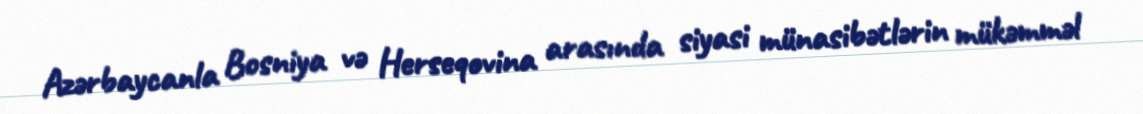
Azərbaycanla Bosniya və Herseqovina arasında siyasi münasibətlərin mükəmməl